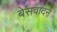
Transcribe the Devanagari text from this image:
बेसवादन